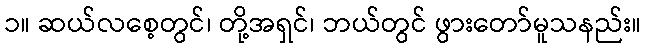
၁။ ဆယ်လစေ့တွင်၊ တို့အရှင်၊ ဘယ်တွင် ဖွားတော်မူသနည်း။